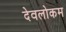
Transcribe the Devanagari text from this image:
देवलोकम